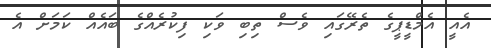
އެއީ އެމްޑީޕީގެ ތެރޭގައި ވެސް ތިބި ވަކި ފިކުރެއްގެ ބައެއް ކަމަށް އެ